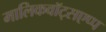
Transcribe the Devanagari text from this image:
मालिकवॉट्सएप्प